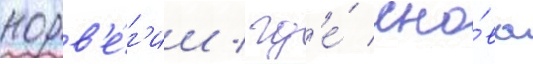
норв'е́г'ии / гд'е́ сно́ва